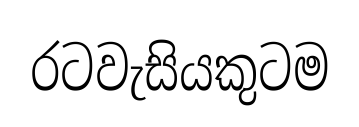
රටවැසියකුටම